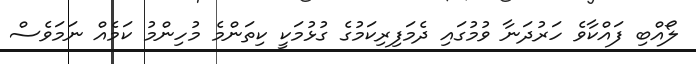
ލޯއްބި ފައްކާވެ ހަރުދަނާ ވުމުގައި ދެމަފިރިކަމުގެ ގުޅުމަކީ ކިތަންމެ މުހިންމު ކަމެއް ނަމަވެސް